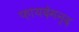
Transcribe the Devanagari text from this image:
फ़ायदेमन्द